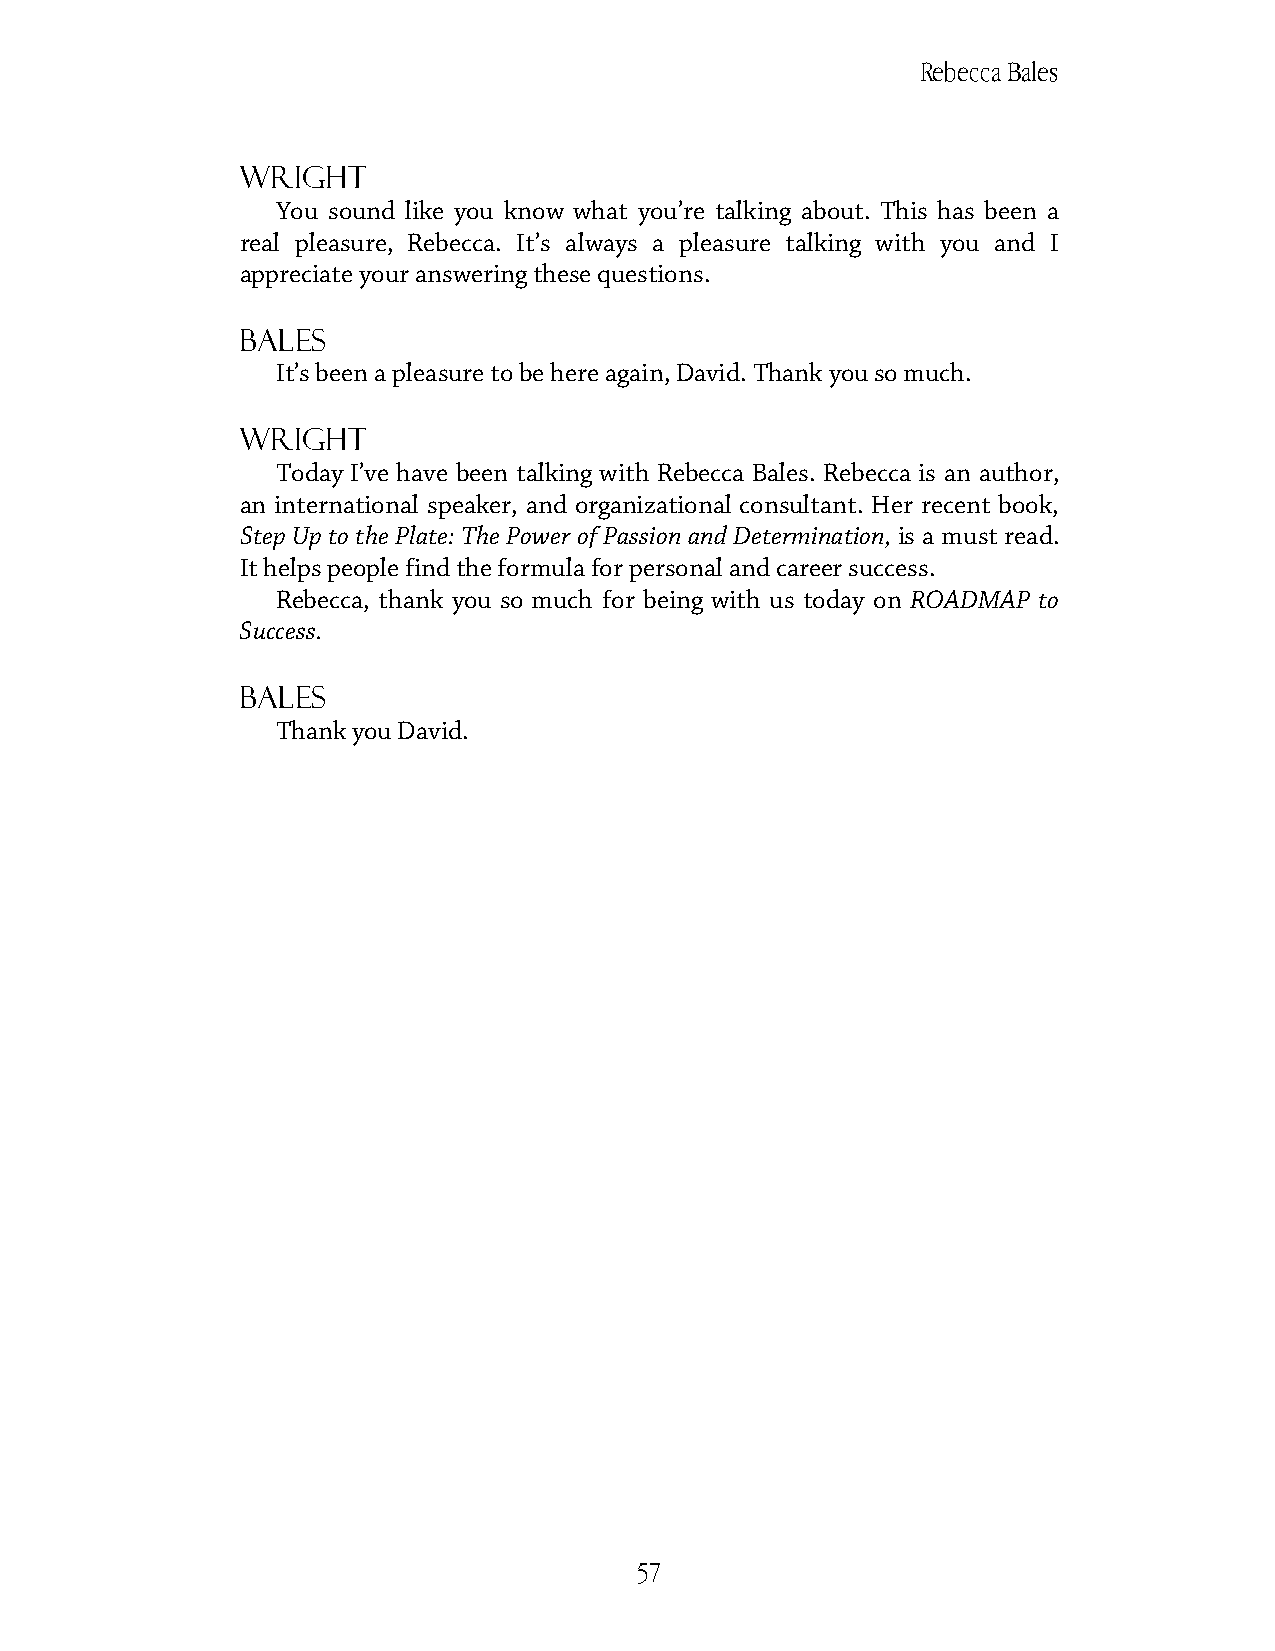
Rebecca Bales
 Wright
 You sound like you know what you’re talking about. This has been a
 real pleasure, Rebecca. It’s always a pleasure talking with you and I
 appreciate your answering these questions.
 Bales
 It’s been a pleasure to be here again, David. Thank you so much.
 Wright
 Today I’ve have been talking with Rebecca Bales. Rebecca is an author,
 an international speaker, and organizational consultant. Her recent book,
 Step Up to the Plate: The Power of Passion and Determination, is a must read.
 It helps people find the formula for personal and career success.
 Rebecca, thank you so much for being with us today on ROADMAP to
 Success.
 Bales
 Thank you David.
 57